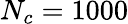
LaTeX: N_{c}=1000